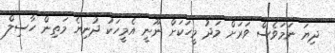
ދިޔަ ނަމަވެސް ވަރަށް މަދު މީހަކަށް ނޫނީ އެމީހަކު ދުނިޔެ މަތިން ހާސިލް